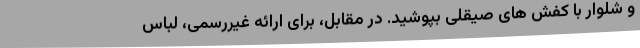
و شلوار با کفش های صیقلی بپوشید. در مقابل، برای ارائه غیررسمی، لباس